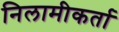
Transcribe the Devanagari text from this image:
निलामीकर्ता